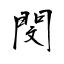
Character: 閔